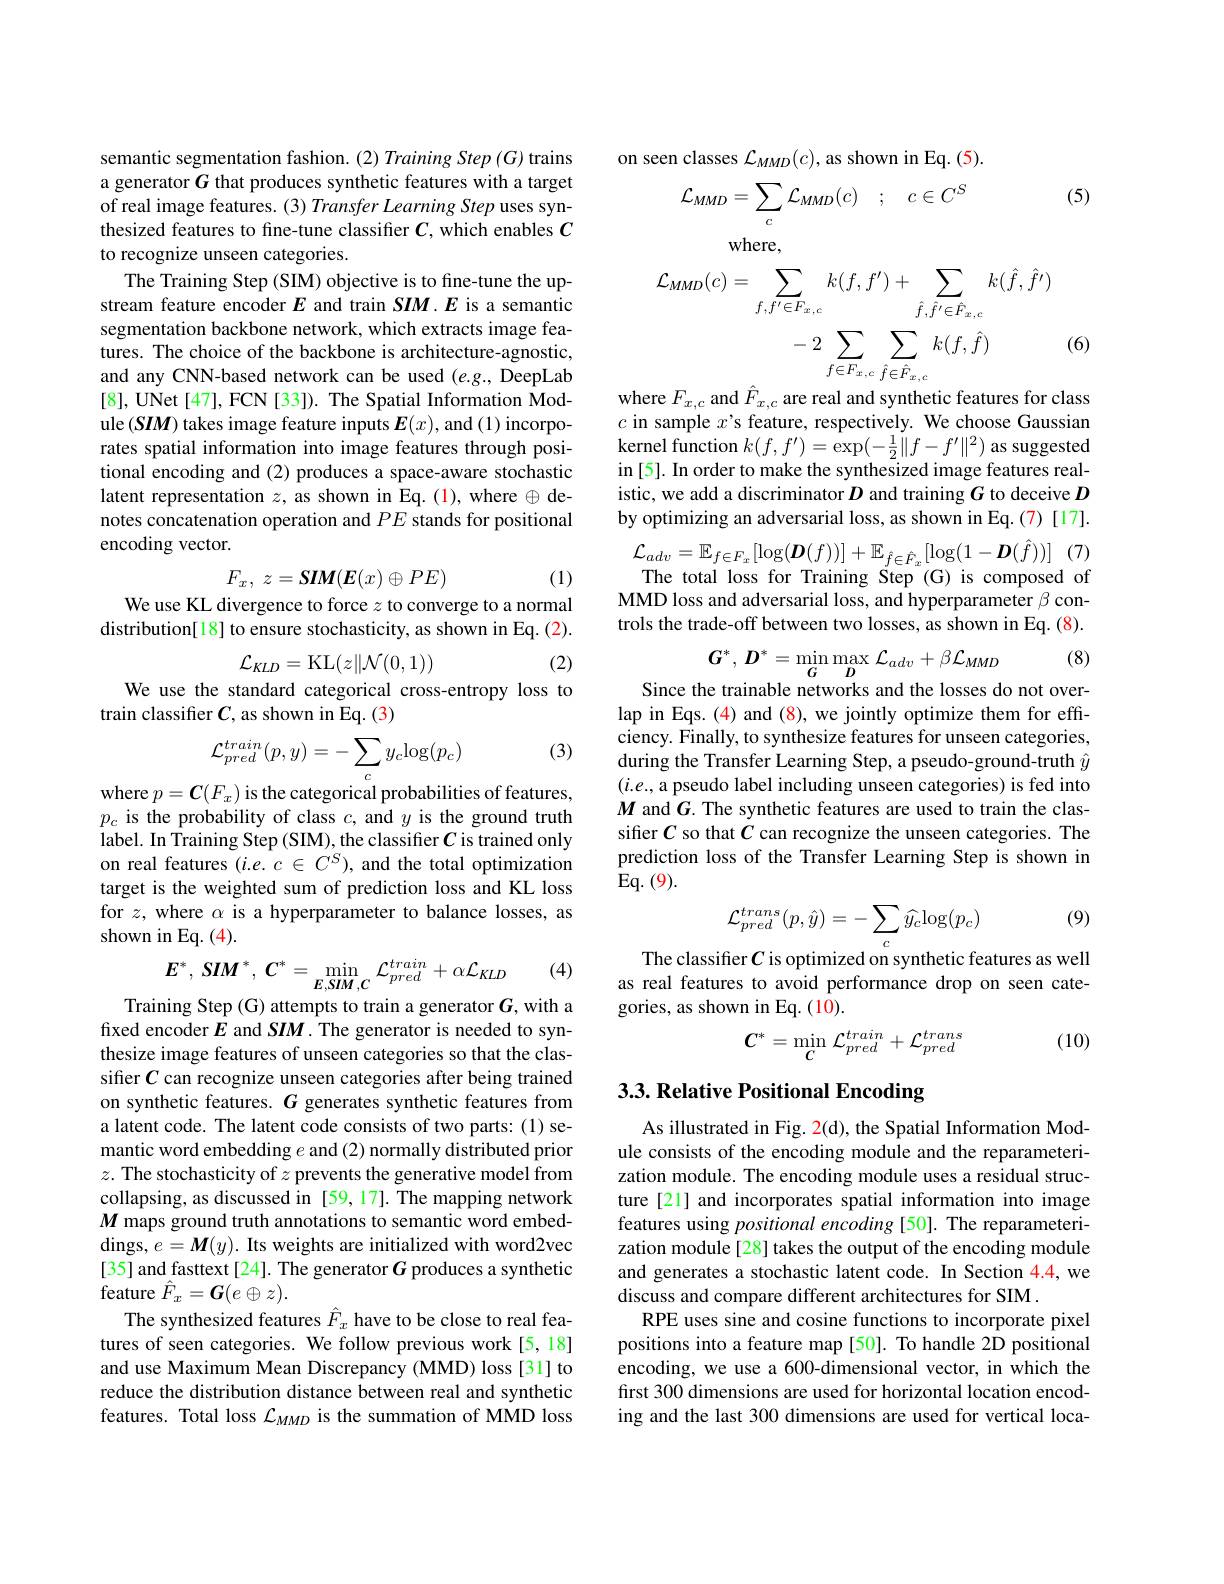
semantic segmentation fashion. (2) Training Step (G) trains a generator $G$ that produces synthetic features with a target of real image features. (3) Transfer Learning Step uses synthesized features to fine-tune classifier $C$, which enables $C$ to recognize unseen categories.
The Training Step (SIM) objective is to fine-tune the upstream feature encoder $E$ and train $SIM.E$ is a semantic segmentation backbone network, which extracts image features. The choice of the backbone is architecture-agnostic, and any CNN-based network can be used $(e.g.$, DeepLab [8], UNet [47], FCN [33]). The Spatial Information Module $(SIM)$ takes image feature inputs $E(x)$, and (1) incorporates spatial information into image features through positional encoding and (2) produces a space-aware stochastic latent representation $z$, as shown in Eq.(1), where $\oplus$ denotes concatenation operation and $PE$ stands for positional encoding vector.
$$F_x,\:z=\boldsymbol{SIM}(\boldsymbol{E}(x)\oplus PE)$$
(1)

We use KL divergence to force $z$ to converge to a normal

distribution[18] to ensure stochasticity, as shown in Eq. (2).

(2)
We use the standard categorical cross-entropy loss to
$$\mathcal{L}_{KLD}=\mathrm{KL}(z\|\mathcal{N}(0,1))$$
train classifier $C$, as shown in Eq.(3)

(3)
$$\mathcal{L}_{pred}^{train}(p,y)=-\sum_{c}y_{c}\mathrm{log}(p_{c})$$
where $p=\boldsymbol{C}(F_x)$ is the categorical probabilities of features, $p_c$ is the probability of class $c$, and $y$ is the ground truth label. In Training Step (SIM), the classifier $C$ is trained only on real features $(i.e.c\in C^S)$, and the total optimization target is the weighted sum of prediction loss and KL loss for $z$, where $\alpha$ is a hyperparameter to balance losses, as shown in Eq. (4).

(4)
$$E^*,\:SIM^*,\:C^*=\min_{E,SIM,C}\mathcal{L}_{pred}^{train}+\alpha\mathcal{L}_{KLD}$$
Training Step (G) attempts to train a generator $G$, with a

fixed encoder $E$ and SIM. The generator is needed to synthesize image features of unseen categories so that the classifier $C$ can recognize unseen categories after being trained on synthetic features. $G$ generates synthetic features from a latent code. The latent code consists of two parts: (1) semantic word embedding $e$ and (2) normally distributed prior $z.$ The stochasticity of $z$ prevents the generative model from collapsing, as discussed in [59,17]. The mapping network $M$ maps ground truth annotations to semantic word embeddings, $e= \boldsymbol{M}( y) .$ Its weights are initialized with word2vec [35] and fasttext [24]. The generator $G$ produces a synthetic ${\mathrm{feature~}\hat{F}_{x}}={\boldsymbol{G}(e\oplus z)}.$
The synthesized features $\hat{F}_x$ have to be close to real features of seen categories. We follow previous work[5,18] and use Maximum Mean Discrepancy (MMD) loss [31] to reduce the distribution distance between real and synthetic features. Total loss $\mathcal{L}_{MMD}$ is the summation of MMD loss

on seen classes $\mathcal{L}_MMD(c)$, as shown in Eq. (5).

(5)
$$\mathcal{L}_{MMD}=\sum_{c}\mathcal{L}_{MMD}(c)\quad;\quad c\in C^{S}$$
where,
$$\begin{aligned}\mathcal{L}_{MMD}(c)&=\sum_{f,f^{\prime}\in F_{x,\:c}}k(f,f^{\prime})+\sum_{\hat{f},\hat{f}^{\prime}\in\hat{F}_{x,\:c}}k(\hat{f},\hat{f}^{\prime})\\&-2\sum_{f\in F_{x,\:c}}\sum_{\hat{f}\in\hat{F}_{x,\:c}}k(f,\hat{f})\\\mathrm{ara~}E\quad\mathrm{and~}\hat{E}\quad\mathrm{ara~raol~and~cynthatio~faoturas~for~cl}\end{aligned}$$
(6)

$c$ in sample $x’$s feature, respectively. We choose Gaussian $\hat{\text{kernel function }k}(f,f^{\prime})=\bar{\exp}(-\frac12\|f-f^{\prime}\|^2)$ as suggested in [5]. In order to make the synthesized image features realistic, we add a discriminator $D$ and training $G$ to deceive $D$ by optimizing an adversarial loss, as shown in Eq.(7)[17].
(7)
$$\mathcal{L}_{adv}=\mathbb{E}_{f\in F_{x}}[\log(\boldsymbol{D}(f))]+\mathbb{E}_{\hat{f}\in\hat{F}_{x}}[\log(1-\boldsymbol{D}(\hat{f}))]$$
The total loss for Training Step (G) is composed of MMD loss and adversarial loss, and hyperparameter $\beta$ controls the trade-off between two losses, as shown in Eq. (8).

(8)
$$G^{*},\:D^{*}=\min_{G}\max_{D}\:\mathcal{L}_{adv}+\beta\mathcal{L}_{MMD}$$
Since the trainable networks and the losses do not overlap in Eqs. (4) and (8), we jointly optimize them for effciency. Finally, to synthesize features for unseen categories, during the Transfer Learning Step, a pseudo-ground-truth $\hat{y}$ $(i.e.$, a pseudo label including unseen categories) is fed into $M$ and $G.$ The synthetic features are used to train the classifier $C$ so that $C$ can recognize the unseen categories. The prediction loss of the Transfer Learning Step is shown in $Eq.(9).$

(9)
$$\mathcal{L}_{pred}^{trans}(p,\hat{y})=-\sum_{c}\widehat{y}_{c}\mathrm{log}(p_{c})$$
The classifier $C$ is optimized on synthetic features as well as real features to avoid performance drop on seen categories, as shown in Eq.(10).

(10)
$$C^*=\min_C\mathcal{L}_{pred}^{train}+\mathcal{L}_{pred}^{trans}$$
# 3.3. Relative Positional Encoding

As illustrated in Fig. 2(d), the Spatial Information Module consists of the encoding module and the reparameterization module. The encoding module uses a residual structure [21] and incorporates spatial information into image features using positional encoding [50]. The reparameterization module[28] takes the output of the encoding module and generates a stochastic latent code. In Section 4.4, we discuss and compare different architectures for SIM .
RPE uses sine and cosine functions to incorporate pixel positions into a feature map [50]. To handle 2D positional encoding, we use a 600-dimensional vector, in which the first 300 dimensions are used for horizontal location encoding and the last 300 dimensions are used for vertical loca-